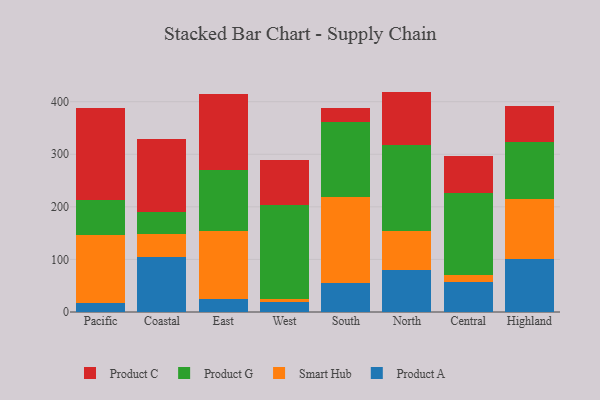
{"axis": {"x": "Region", "y": "Operating Costs (USD K)"}, "legend": ["Product A", "Product C", "Product G", "Smart Hub"], "data": [{"x": "Pacific", "y": 17.3, "type": "Product A"}, {"x": "Pacific", "y": 129.7, "type": "Smart Hub"}, {"x": "Pacific", "y": 66.3, "type": "Product G"}, {"x": "Pacific", "y": 175.2, "type": "Product C"}, {"x": "Coastal", "y": 104.2, "type": "Product A"}, {"x": "Coastal", "y": 44.4, "type": "Smart Hub"}, {"x": "Coastal", "y": 40.7, "type": "Product G"}, {"x": "Coastal", "y": 139.8, "type": "Product C"}, {"x": "East", "y": 25.6, "type": "Product A"}, {"x": "East", "y": 129.0, "type": "Smart Hub"}, {"x": "East", "y": 115.8, "type": "Product G"}, {"x": "East", "y": 144.7, "type": "Product C"}, {"x": "West", "y": 18.8, "type": "Product A"}, {"x": "West", "y": 6.6, "type": "Smart Hub"}, {"x": "West", "y": 178.9, "type": "Product G"}, {"x": "West", "y": 85.3, "type": "Product C"}, {"x": "South", "y": 54.6, "type": "Product A"}, {"x": "South", "y": 163.3, "type": "Smart Hub"}, {"x": "South", "y": 142.9, "type": "Product G"}, {"x": "South", "y": 27.4, "type": "Product C"}, {"x": "North", "y": 79.2, "type": "Product A"}, {"x": "North", "y": 74.0, "type": "Smart Hub"}, {"x": "North", "y": 163.6, "type": "Product G"}, {"x": "North", "y": 102.4, "type": "Product C"}, {"x": "Central", "y": 58.0, "type": "Product A"}, {"x": "Central", "y": 11.5, "type": "Smart Hub"}, {"x": "Central", "y": 156.1, "type": "Product G"}, {"x": "Central", "y": 71.1, "type": "Product C"}, {"x": "Highland", "y": 100.7, "type": "Product A"}, {"x": "Highland", "y": 115.0, "type": "Smart Hub"}, {"x": "Highland", "y": 107.7, "type": "Product G"}, {"x": "Highland", "y": 67.6, "type": "Product C"}]}